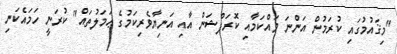
"މިޤައުމުގައި ކުރަމުން އަންނަ ވައްކަމާއި ކޮރަޕްޝަން އާއި އަނިޔާވެރިކަމުގެ ޢަމަލުތައް" ކުރަނީ ހަމައެކަނި